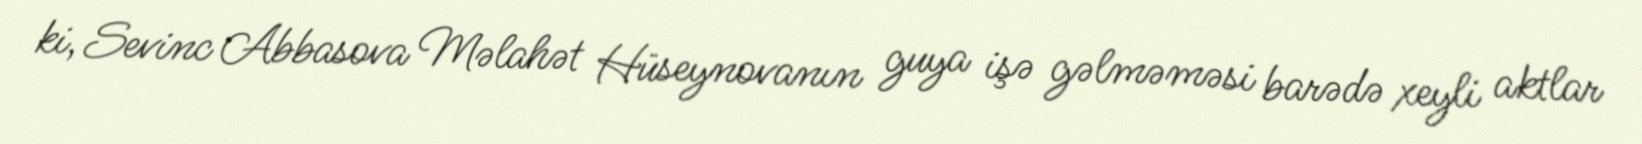
ki, Sevinc Abbasova Məlahət Hüseynovanın guya işə gəlməməsi barədə xeyli aktlar